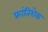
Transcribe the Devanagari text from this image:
फ्रांतिशेक